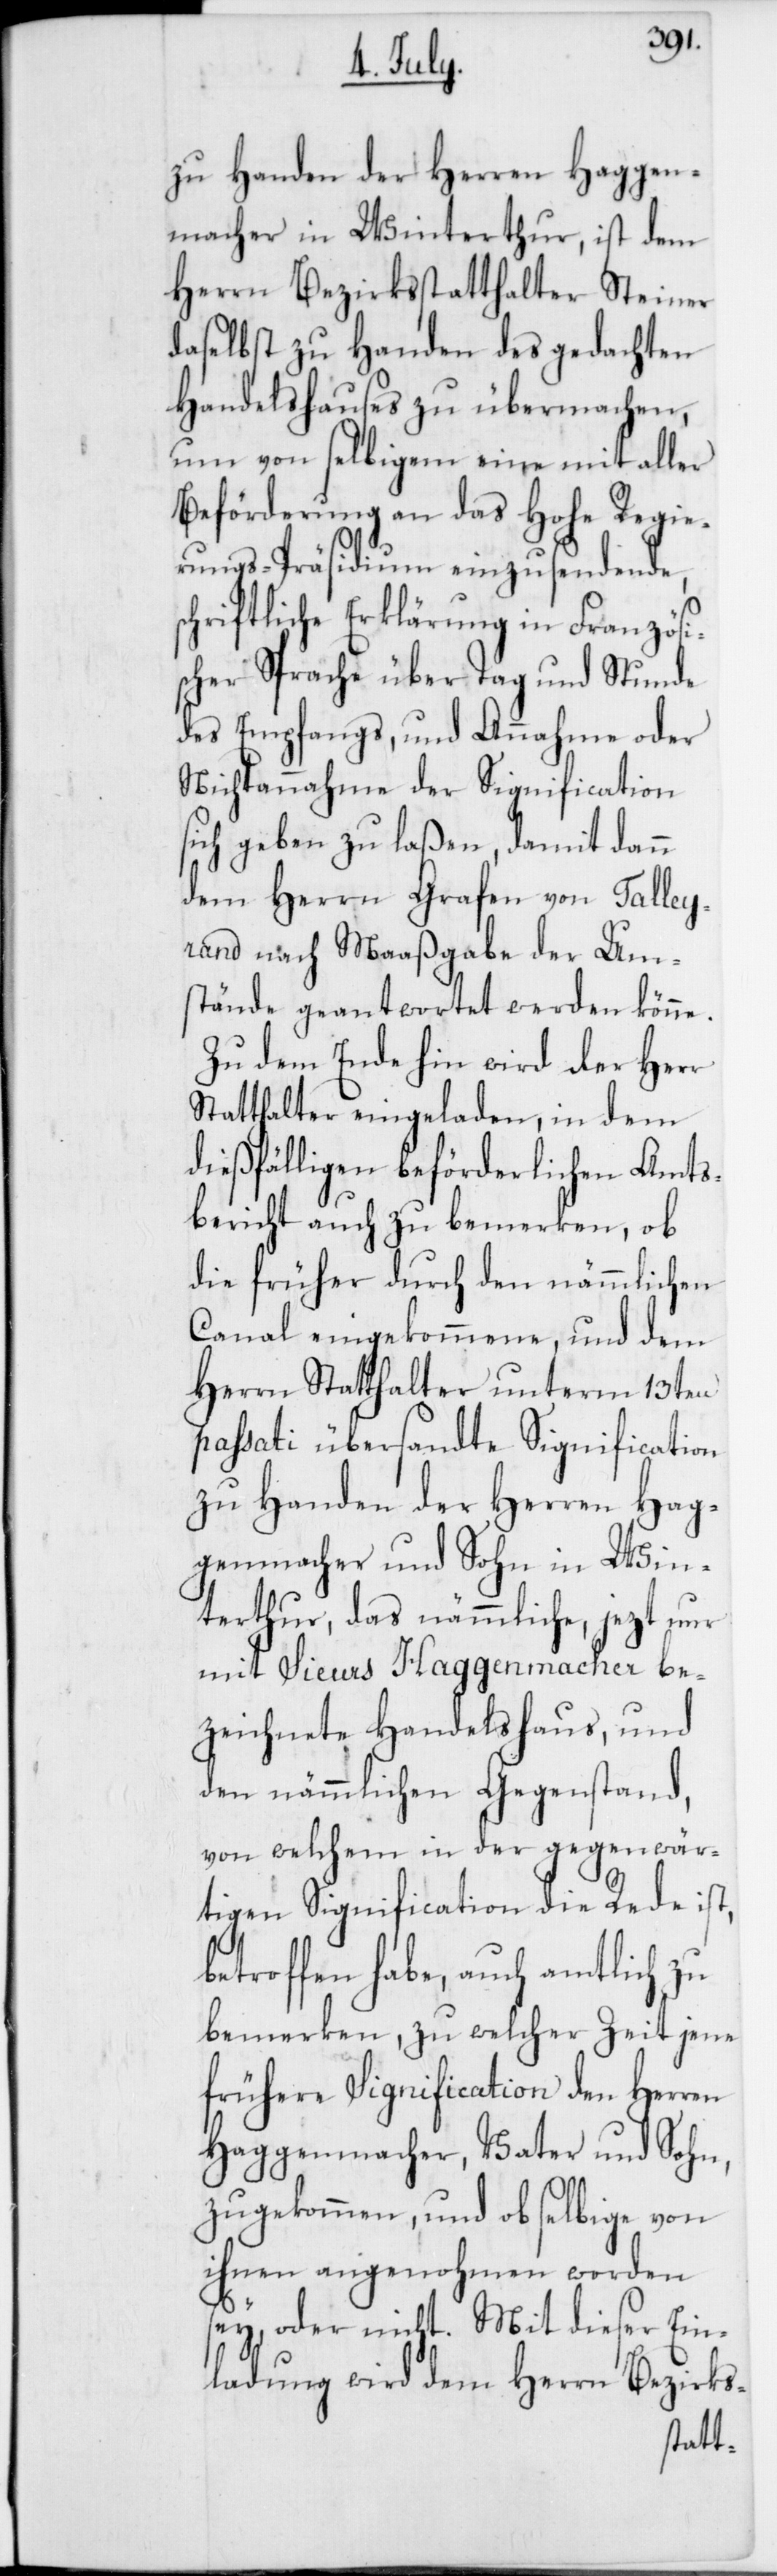
sc¬
zu Handen der Herren Haggen¬
macher in Winterthur, ist dem
Herrn Bezirksstatthalter Steiner
daselbst zu Handen des gedachten
Handelshauses zu übermachen,
um von selbigem eine mit aller
Beförderung an das Hohe Regie¬
rungs-Präsidium einzusendende,
hriftliche Erklärung in Französi¬
scher Sprache über Tag und Stunde
des Empfangs, und Annahme oder
Nichtannahme der Signification
sich geben zu laßen, damit dann
dem Herrn Grafen von Talley¬
rand nach Maaßgabe der Um¬
stände geantwortet werden könne.
Zu dem Ende hin wird der Herr
Statthalter eingeladen, in dem
dießfälligen beförderlichen Amts¬
bericht auch zu bemerken, ob
die früher durch den nämmlichen
Canal eingekommene, und dem
Herrn Statthalter unterm 13ten
passati übersandte Signification
zu Handen der Herren Hag¬
genmacher und Sohn in Win¬
terthur, das nämmliche, jezt nur
mit Sieurs Haggenmacher be¬
zeichnete Handelshaus, und
den nämmlichen Gegenstand,
von welchem in der gegenwär¬
tigen Signification die Rede ist,
betroffen habe, auch amtlich zu
bemerken, zu welcher Zeit jene
frühere Signification den Herren
Haggenmacher, Vater und Sohn,
zugekommen, und ob selbige von
ihnen angenohmen worden
sey, oder nicht. Mit dieser Ein¬
ladung wird dem Herrn Bezirks-